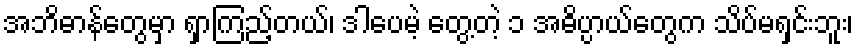
အဘိဓာန်တွေမှာ ရှာကြည့်တယ်၊ ဒါပေမဲ့ တွေ့တဲ့ ၁ အဓိပ္ပာယ်တွေက သိပ်မရှင်းဘူး၊